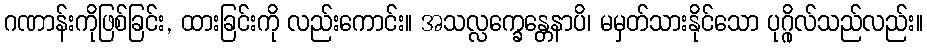
ဂဏာန်းကိုဖြစ်ခြင်း, ထားခြင်းကို လည်းကောင်း။ အသလ္လက္ခေန္တေနာပိ၊ မမှတ်သားနိုင်သော ပုဂ္ဂိုလ်သည်လည်း။